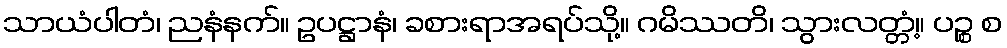
သာယံပါတံ၊ ညနံနက်။ ဥပဋ္ဌာနံ၊ ခစားရာအရပ်သို့။ ဂမိဿတိ၊ သွားလတ္တံ့။ ပဉ္စ စ